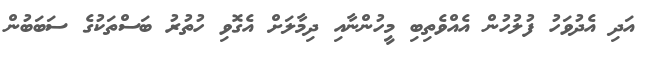
އަދި އެދުވަހު ފުލުހުން އެއްވެތިބި މީހުންނާއި ދިމާލަށް އެގޮވި ހުތުރު ބަސްތަކުގެ ސަބަބުން